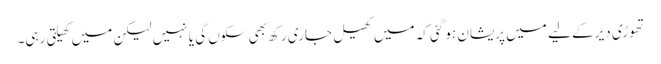
تھوڑی دیر کے لیے میں پریشان ہو گئی کہ میں کھیل جاری رکھ بھی سکوں گی یا نہیں لیکن میں کھیلتی رہی۔